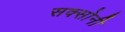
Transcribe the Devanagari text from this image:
सक्सोनी